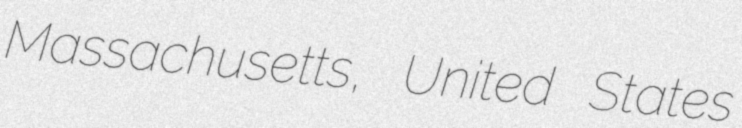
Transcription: Massachusetts, United States